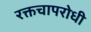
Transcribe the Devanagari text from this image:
रक्तचापरोधी